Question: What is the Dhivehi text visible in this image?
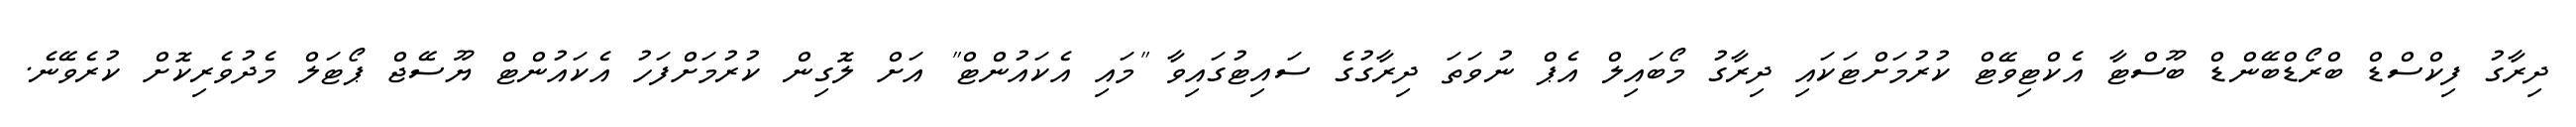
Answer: ދިރާގު ފިކްސްޑް ބްރޯޑްބޭންޑް ބޫސްޓާ އެކްޓިވޭޓް ކުރުމަށްޓަކައި ދިރާގު މޯބައިލް އެޕް ނުވަތަ ދިރާގުގެ ސައިޓުގައިވާ "މައި އެކައުންޓް" އަށް ލޮގިން ކުރުމަށްފަހު އެކައުންޓް ޔޫސޭޖް ޕޯޓަލް މެދުވެރިކޮށް ކުރެވޭނެ.